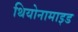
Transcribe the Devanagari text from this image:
थियोनामाइड